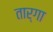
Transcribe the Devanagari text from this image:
तार्गा